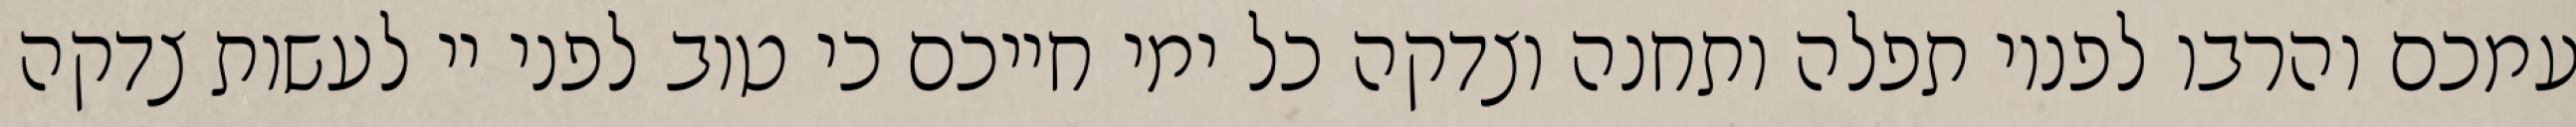
עמכם והרבו לפניו תפלה ותחנה וצדקה כל ימי חייכם כי טוב לפני יי לעשות צדקה